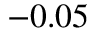
- 0 . 0 5